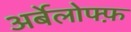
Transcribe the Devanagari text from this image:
अर्बेलोफ्फ़